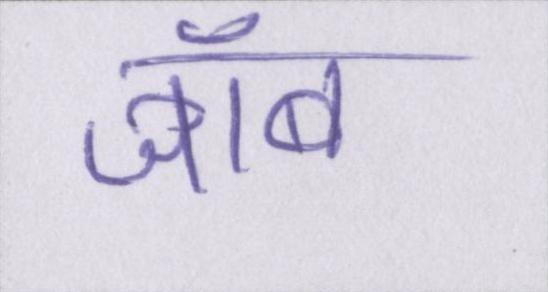
जॉब